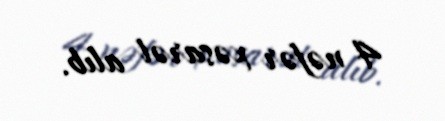
4 nəfər xəsarət alıb.